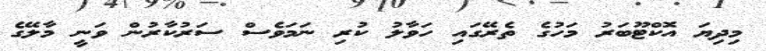
މިދިޔަ އޮކްޓޫބަރު މަހުގެ ތެރޭގައި ހަވާލު ކުރި ނަމަވެސް ސަރުކާރުން ވަނީ މާލޭގެ